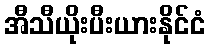
အီသီယိုးပီးယားနိုင်ငံ